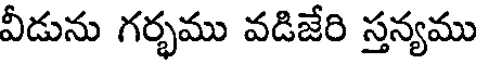
వీడును గర్భము వడిజేరి స్తన్యము